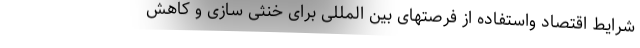
شرایط اقتصاد واستفاده از فرصتهای بین المللی برای خنثی سازی و کاهش